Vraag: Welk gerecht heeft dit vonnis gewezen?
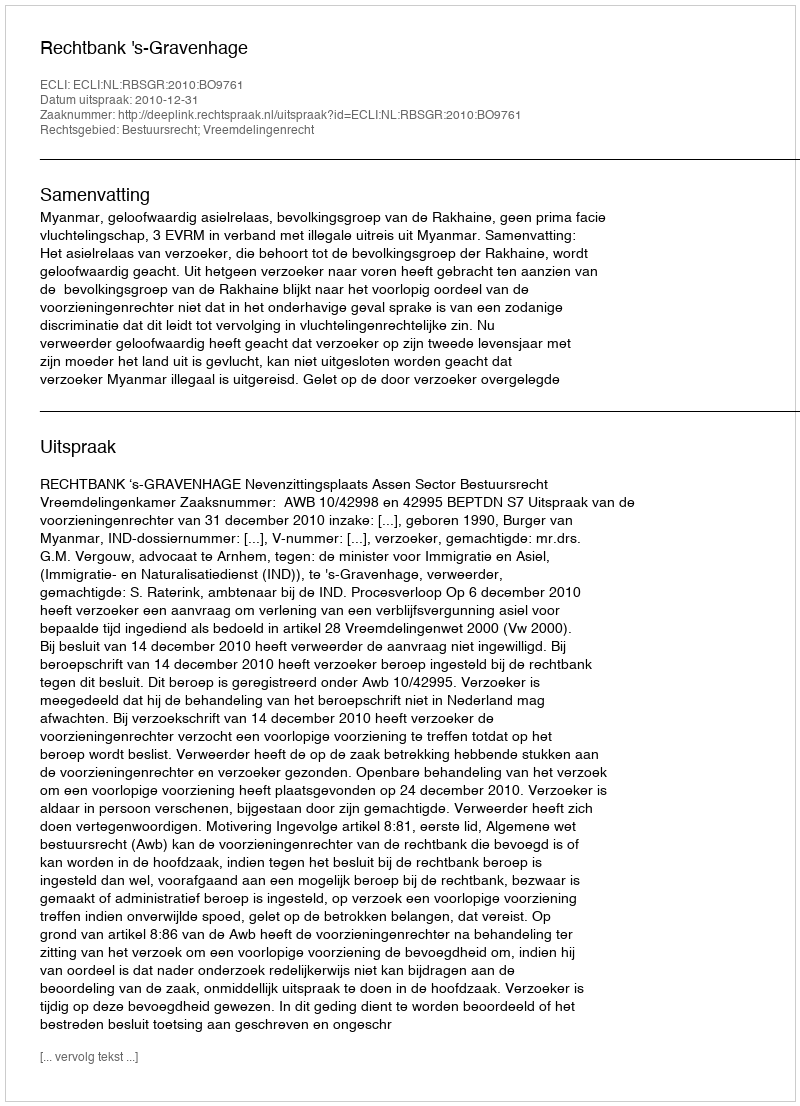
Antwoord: Rechtbank 's-Gravenhage